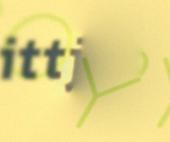
ittjij